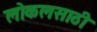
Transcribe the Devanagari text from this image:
लोकलसाठी